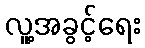
လူ့အခွင့်ရေး